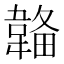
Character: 𩏄